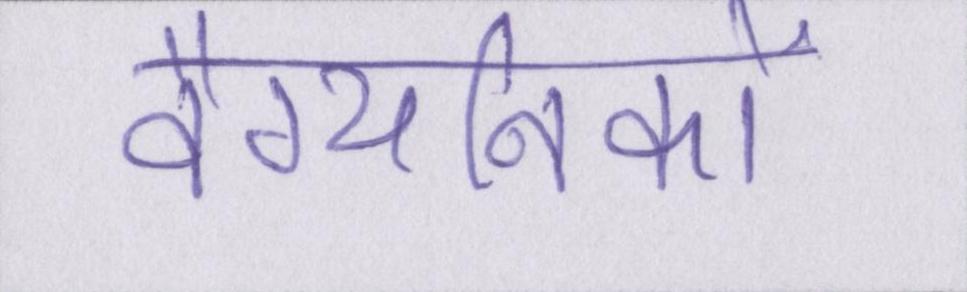
वैग्यनिको